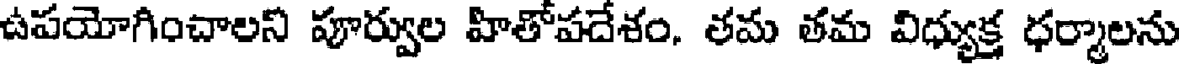
ఉపయోగించాలని పూర్వుల హితోపదేశం. తమ తమ విధ్యుక్త ధర్మాలను